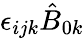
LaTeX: \epsilon_{ijk}\hat{B}_{0k}